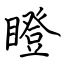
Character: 瞪